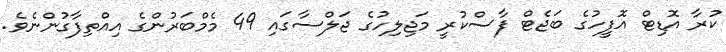
ކުރާ އޮޑިޓް އޮފީހުގެ ބަޖެޓް ފާސްކުރީ މަޖިލިހުގެ ޖަލްސާގައި 49 މެމްބަރުންގެ އިއްތިފާގުންނެވެ.